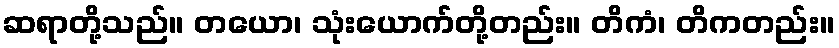
ဆရာတို့သည်။ တယော၊ သုံးယောက်တို့တည်း။ တိကံ၊ တိကတည်း။